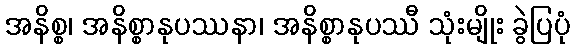
အနိစ္စ၊ အနိစ္စာနုပဿနာ၊ အနိစ္စာနုပဿီ သုံးမျိုး ခွဲပြပုံ